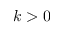
k > 0